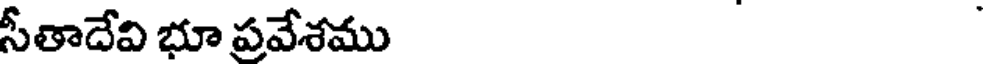
సీతాదేవి భూ ప్రవేశము